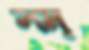
সম্